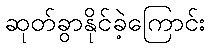
ဆုတ်ခွာနိုင်ခဲ့ကြောင်း